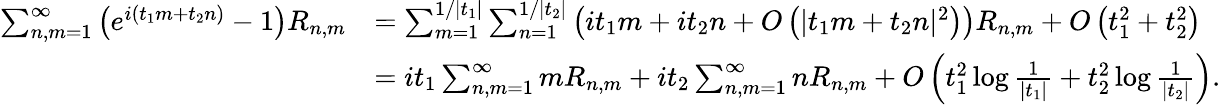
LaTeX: \begin{array}{rl}{\sum_{n,m=1}^{\infty}\left(e^{i(t_{1}m+t_{2}n)}-1\right)R_{n,m}}&{=\sum_{m=1}^{1/|t_{1}|}\sum_{n=1}^{1/|t_{2}|}\left(it_{1}m+it_{2}n+O\left(|t_{1}m+t_{2}n|^{2}\right)\right)R_{n,m}+O\left(t_{1}^{2}+t_{2}^{2}\right)}\\ &{=it_{1}\sum_{n,m=1}^{\infty}mR_{n,m}+it_{2}\sum_{n,m=1}^{\infty}nR_{n,m}+O\left(t_{1}^{2}\log\frac{1}{|t_{1}|}+t_{2}^{2}\log\frac{1}{|t_{2}|}\right).}\end{array}